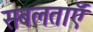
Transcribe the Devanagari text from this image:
सबलताएँ